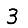
Digit: 3